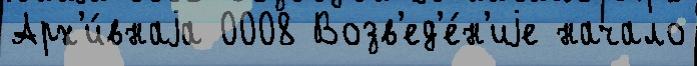
Арх'и́внаjа 0008 Возв'ед'е́н'иjе начало